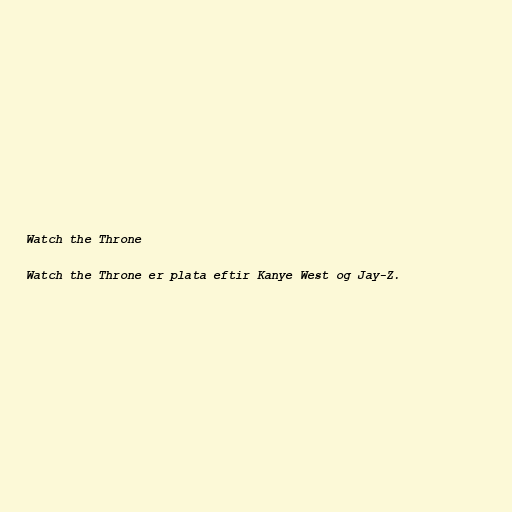
Watch the Throne

Watch the Throne er plata eftir Kanye West og Jay-Z.